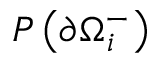
P \left( \partial \Omega _ { i } ^ { - } \right)